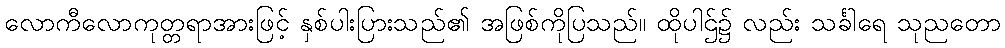
လောကီလောကုတ္တရာအားဖြင့် နှစ်ပါးပြားသည်၏ အဖြစ်ကိုပြသည်။ ထိုပါဌ်၌ လည်း သင်္ခါရေ သုညတော